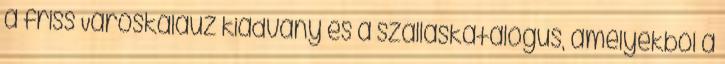
a friss Városkalauz kiadvány és a szálláskatalógus, amelyekből a